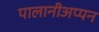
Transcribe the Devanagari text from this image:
पालानीअप्पन